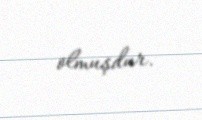
olmuşdur.